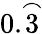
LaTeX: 0.{\overset{\frown}{3}}